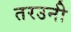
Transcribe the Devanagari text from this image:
तरउनी